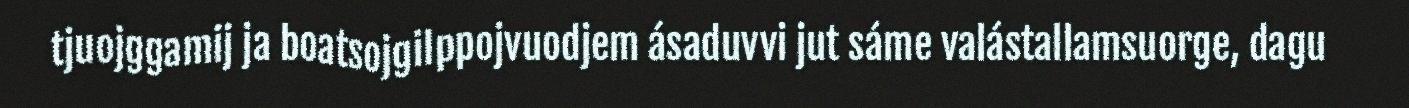
tjuojggamij ja boatsojgilppojvuodjem ásaduvvi jut sáme valástallamsuorge, dagu